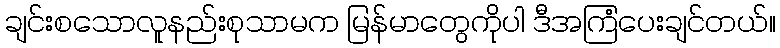
ချင်းစသောလူနည်းစုသာမက မြန်မာတွေကိုပါ ဒီအကြံပေးချင်တယ်။